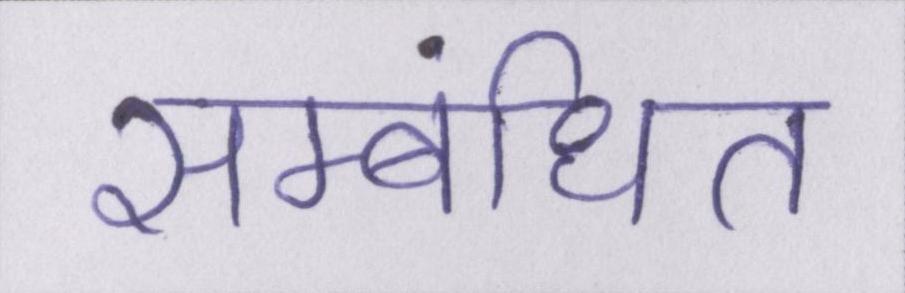
सम्बंधित